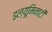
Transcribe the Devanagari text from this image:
इल्यूमिनाटी